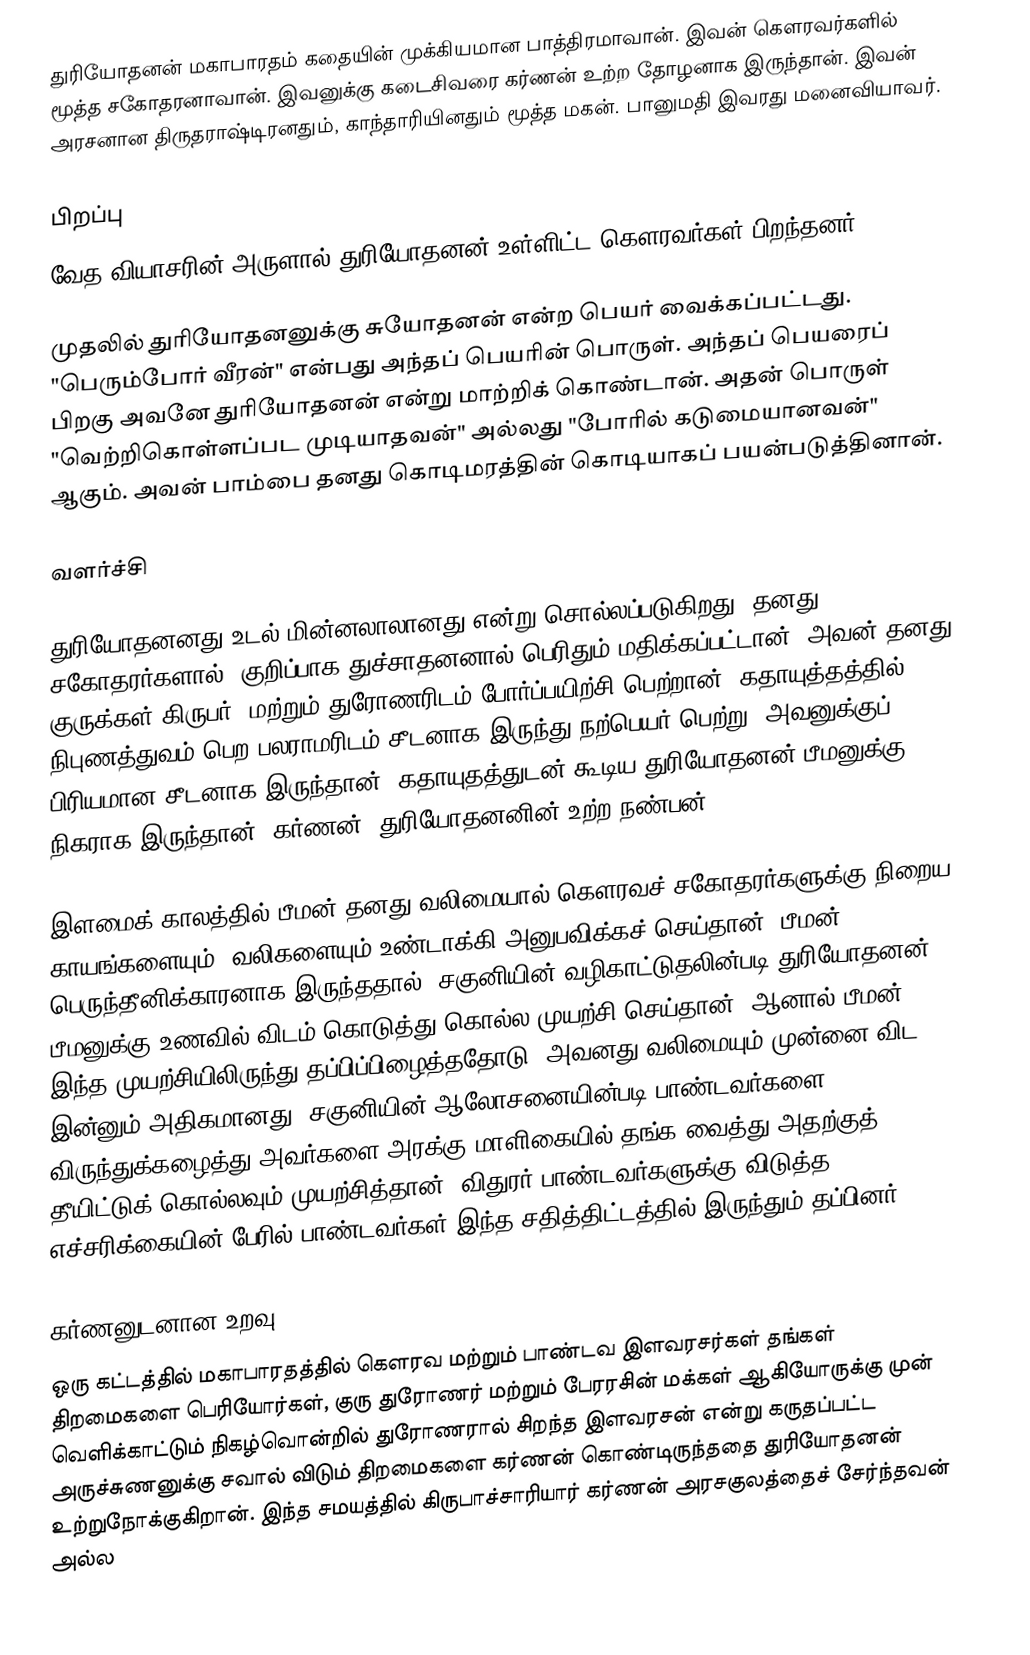
துரியோதனன் மகாபாரதம் கதையின் முக்கியமான பாத்திரமாவான். இவன் கௌரவர்களில் மூத்த சகோதரனாவான். இவனுக்கு கடைசிவரை கர்ணன் உற்ற தோழனாக இருந்தான். இவன் அரசனான திருதராஷ்டிரனதும், காந்தாரியினதும் மூத்த மகன். பானுமதி இவரது மனைவியாவர்.

பிறப்பு
வேத வியாசரின் அருளால் துரியோதனன் உள்ளிட்ட கௌரவர்கள் பிறந்தனர்.

முதலில் துரியோதனனுக்கு சுயோதனன் என்ற பெயர் வைக்கப்பட்டது. "பெரும்போர் வீரன்" என்பது அந்தப் பெயரின் பொருள். அந்தப் பெயரைப் பிறகு அவனே துரியோதனன் என்று மாற்றிக் கொண்டான். அதன் பொருள் "வெற்றிகொள்ளப்பட முடியாதவன்" அல்லது "போரில் கடுமையானவன்" ஆகும். அவன் பாம்பை தனது கொடிமரத்தின் கொடியாகப் பயன்படுத்தினான்.

வளர்ச்சி

துரியோதனனது உடல் மின்னலாலானது என்று சொல்லப்படுகிறது. தனது சகோதரர்களால், குறிப்பாக துச்சாதனனால் பெரிதும் மதிக்கப்பட்டான். அவன் தனது குருக்கள் கிருபர், மற்றும் துரோணரிடம் போர்ப்பயிற்சி பெற்றான். கதாயுத்தத்தில் நிபுணத்துவம் பெற பலராமரிடம் சீடனாக இருந்து நற்பெயர் பெற்று, அவனுக்குப் பிரியமான சீடனாக இருந்தான். கதாயுதத்துடன் கூடிய துரியோதனன் பீமனுக்கு நிகராக இருந்தான். கர்ணன், துரியோதனனின் உற்ற நண்பன்.

இளமைக் காலத்தில் பீமன் தனது வலிமையால் கெளரவச் சகோதரர்களுக்கு நிறைய காயங்களையும், வலிகளையும் உண்டாக்கி அனுபவிக்கச் செய்தான். பீமன் பெருந்தீனிக்காரனாக இருந்ததால், சகுனியின் வழிகாட்டுதலின்படி துரியோதனன் பீமனுக்கு உணவில் விடம் கொடுத்து கொல்ல முயற்சி செய்தான். ஆனால் பீமன் இந்த முயற்சியிலிருந்து தப்பிப்பிழைத்ததோடு, அவனது வலிமையும் முன்னை விட இன்னும் அதிகமானது. சகுனியின் ஆலோசனையின்படி பாண்டவர்களை விருந்துக்கழைத்து அவர்களை அரக்கு மாளிகையில் தங்க வைத்து அதற்குத் தீயிட்டுக் கொல்லவும் முயற்சித்தான். விதுரர் பாண்டவர்களுக்கு விடுத்த எச்சரிக்கையின் பேரில் பாண்டவர்கள் இந்த சதித்திட்டத்தில் இருந்தும் தப்பினர்.

கர்ணனுடனான உறவு
ஒரு கட்டத்தில் மகாபாரதத்தில் கெளரவ மற்றும் பாண்டவ இளவரசர்கள் தங்கள் திறமைகளை பெரியோர்கள், குரு துரோணர் மற்றும் பேரரசின் மக்கள் ஆகியோருக்கு முன் வெளிக்காட்டும் நிகழ்வொன்றில் துரோணரால் சிறந்த இளவரசன் என்று கருதப்பட்ட அருச்சுணனுக்கு சவால் விடும் திறமைகளை கர்ணன் கொண்டிருந்ததை துரியோதனன் உற்றுநோக்குகிறான். இந்த சமயத்தில் கிருபாச்சாரியார் கர்ணன் அரசகுலத்தைச் சேர்ந்தவன் அல்ல